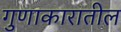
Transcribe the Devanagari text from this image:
गुणाकारातील